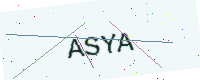
Text: ASYA